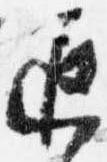
遅